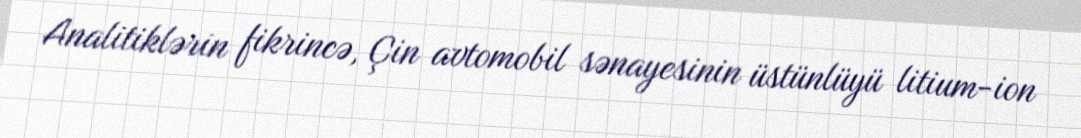
Analitiklərin fikrincə, Çin avtomobil sənayesinin üstünlüyü litium-ion